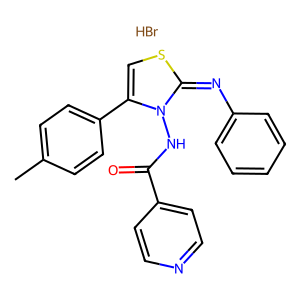
SMILES: Br.Cc1ccc(-c2csc(=Nc3ccccc3)n2NC(=O)c2ccncc2)cc1
Inhibits HIV replication: No